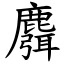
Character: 麛